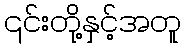
၎င်းတို့နှင့်အတူ